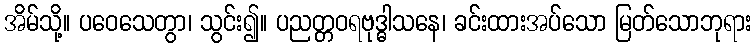
အိမ်သို့။ ပဝေသေတွာ၊ သွင်း၍။ ပညတ္တဝရဗုဒ္ဓါသနေ၊ ခင်းထားအပ်သော မြတ်သောဘုရား